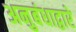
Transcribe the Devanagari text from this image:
अनुबंधाद्वारे